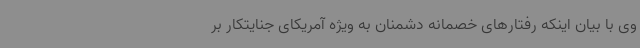
وی با بیان اینکه رفتارهای خصمانه دشمنان به ویژه آمریکای جنایتکار بر